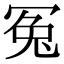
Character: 冤